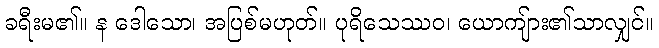
ခရီးမ၏။ န ဒေါသော၊ အပြစ်မဟုတ်။ ပုရိသေဿဝ၊ ယောကျ်ား၏သာလျှင်။